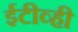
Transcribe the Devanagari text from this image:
ईटीव्ही